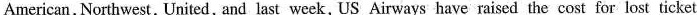
American, Northwest, United, and last week, US Airways have raised the cost for lost ticket